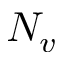
N _ { v }